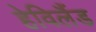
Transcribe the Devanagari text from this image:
हेविलैंड